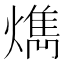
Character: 𤎱